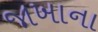
જાખાના